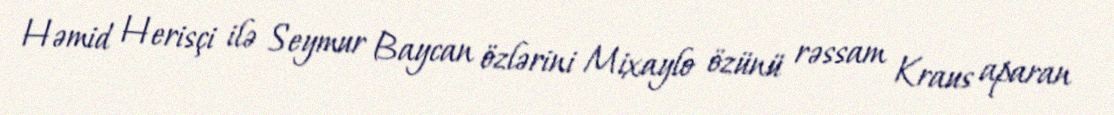
Həmid Herisçi ilə Seymur Baycan özlərini Mixaylo özünü rəssam Kraus aparan